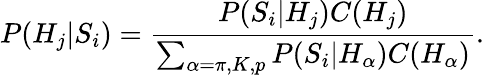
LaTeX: P(H_{j}|S_{i})=\frac{P(S_{i}|H_{j})C(H_{j})}{\sum_{\alpha=\pi,K,p}P(S_{i}|H_{\alpha})C(H_{\alpha})}.